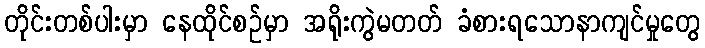
တိုင်းတစ်ပါးမှာ နေထိုင်စဉ်မှာ အရိုးကွဲမတတ် ခံစားရသောနာကျင်မှုတွေ